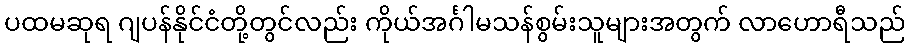
ပထမဆုရ ဂျပန်နိုင်ငံတို့တွင်လည်း ကိုယ်အင်္ဂါမသန်စွမ်းသူများအတွက် လာဟောရီသည်